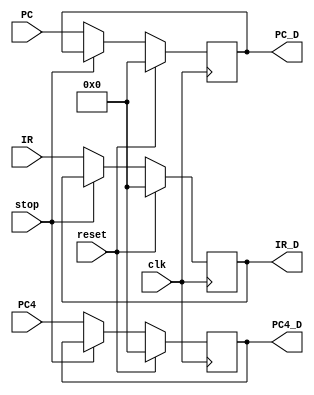
`timescale 1ns / 1ps
//////////////////////////////////////////////////////////////////////////////////
// Company: 
// Engineer: 
// 
// Design Name: 
// Module Name:    F_D 
// Project Name: 
// Target Devices: 
// Tool versions: 
// Description: 
//
// Dependencies: 
//
// Revision: 
// Revision 0.01 - File Created
// Additional Comments: 
//
//////////////////////////////////////////////////////////////////////////////////
module F_D(
    input [31:0] IR,
    input [31:0] PC,
    input [31:0] PC4,
    input clk,
    input reset,
    input stop,
    output reg[31:0] IR_D,
    output reg[31:0] PC_D,
    output reg[31:0] PC4_D
    );
	always@(posedge clk)
 		begin
			if(reset)
				begin
					IR_D <= 0;
					PC4_D <= 0;
					PC_D <= 0;
				end
			else if(stop)
				begin

				end
			else
				begin
					IR_D <= IR;
					PC4_D <= PC4;
					PC_D <= PC;
				end
		end

endmodule